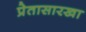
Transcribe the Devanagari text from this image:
प्रेतासारखा